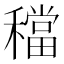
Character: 𥢷